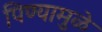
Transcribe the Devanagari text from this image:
पिण्यामुळे